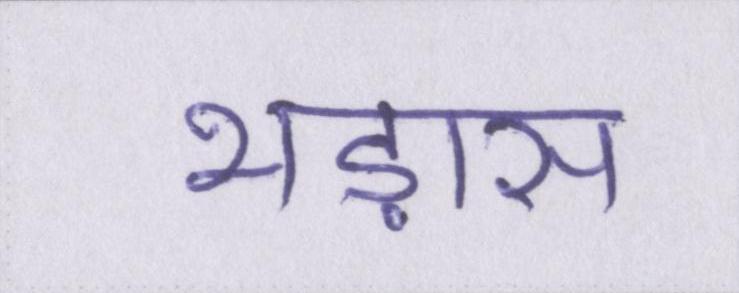
भड़ास